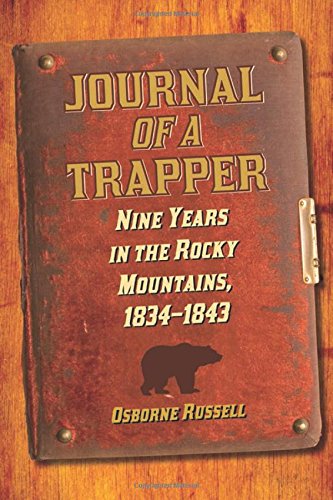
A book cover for Journal of a Trapper: Nine Years in the Rocky Mountains, 1834-1843; Osborne Russell; Literature & Fiction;